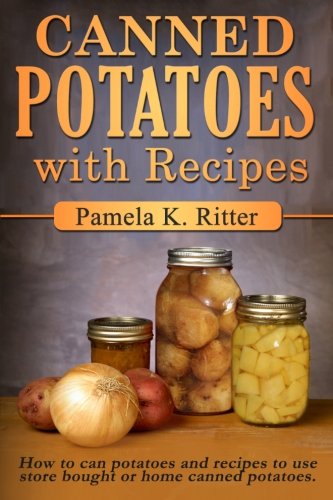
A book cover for Canned Potatoes and Recipes; Pamela K. Ritter; Cookbooks, Food & Wine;